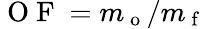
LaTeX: \mathrm{~O~F~}=m_{\mathrm{~o~}}/m_{\mathrm{~f~}}